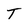
Character: T